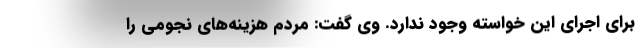
برای اجرای این خواسته وجود ندارد. وی گفت: مردم هزینه‌های نجومی را